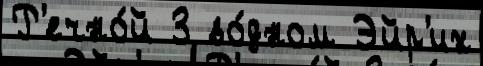
Р'ечно́й 3 во́дном Эйр'их